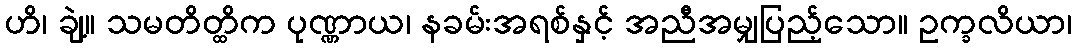
ဟိ၊ ချဲ့။ သမတိတ္ထိက ပုဏ္ဏာယ၊ နခမ်းအရစ်နှင့် အညီအမျှပြည့်သော။ ဥက္ခလိယာ၊